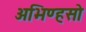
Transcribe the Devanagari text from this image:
अभिण्हसो